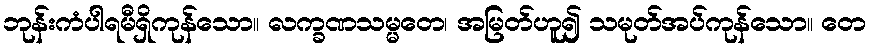
ဘုန်းကံပါရမီရှိကုန်သော။ လက္ခဏသမ္မတေ၊ အမြတ်ဟူ၍ သမုတ်အပ်ကုန်သော။ တေ